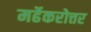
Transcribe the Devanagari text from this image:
मर्ढेकरोत्तर